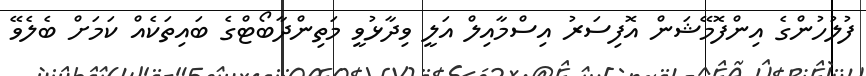
ފުލުހުންގެ އިންފޮމޭޝަން އޮފިސަރު އިސްމާއިލް އަލީ ވިދާޅުވީ މަތިންދާބޯޓްގެ ބައިތަކެއް ކަމަށް ބެލެވޭ